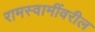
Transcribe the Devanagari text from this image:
रामस्वामींवरील